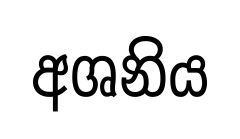
අශනිය